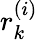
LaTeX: r_{k}^{(i)}